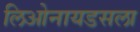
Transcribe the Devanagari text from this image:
लिओनायडसला